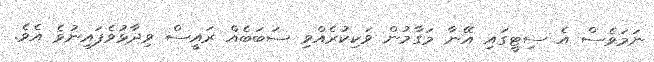
ނަމަވެސް އެ ސިޓީގައި އޭނާ މަގާމުން ވަކިކުރެއްވި ސަބަބެއް ރައީސް ވިދާޅުވެފައިނުވެ އެވެ.